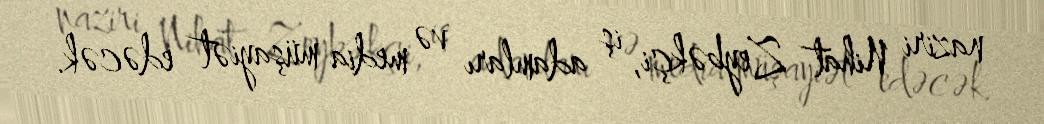
naziri Nihat Zeybəkçi, iş adamları və media müşayiət edəcək.